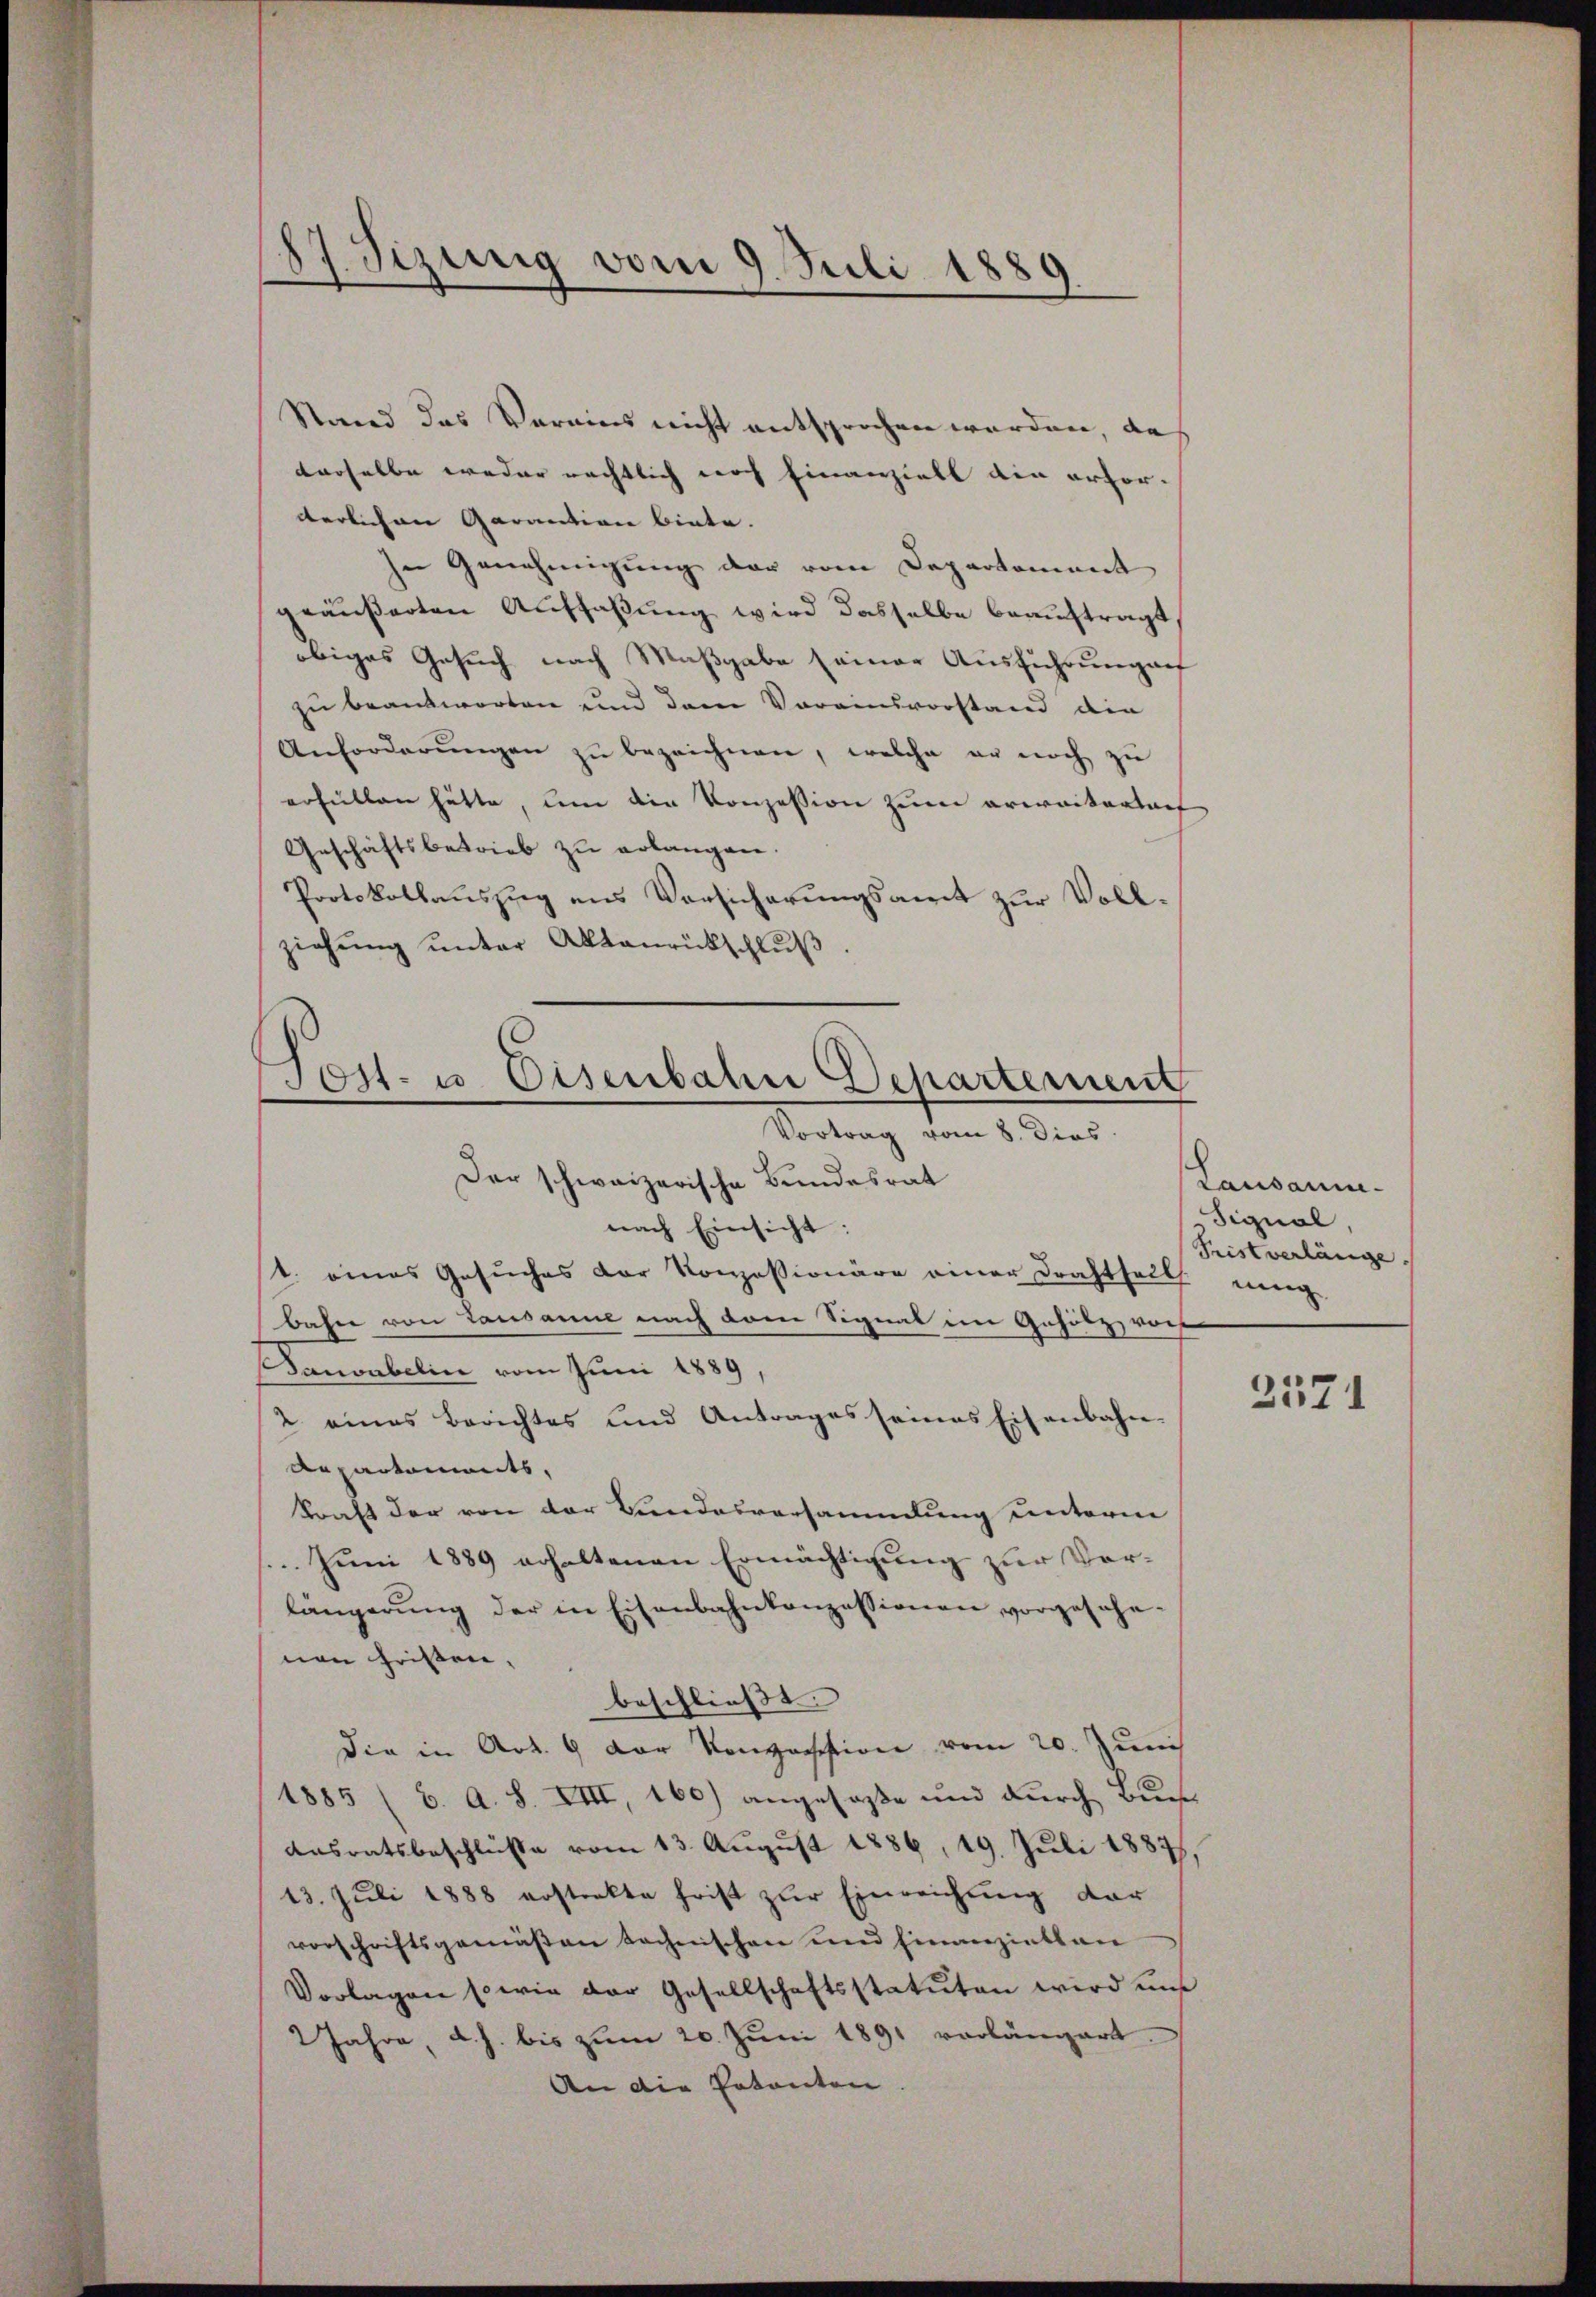
87. Sizung vom 9. Juli 1889

Stand das Vereins nicht entsprochen werden, da
derselbe weder rächtlich noch Finanziell die erfor-
derlichen Garantion biete. |
In Genehmigung der vom Departement
geäußerten Auffaßung wird dasselbe beauftragt
obiges Gesuch nach Maßgabe seiner Ausführung auf
zu beantworten und dem Voreinsvorstand die
Anforderŭngen zŭ bezeichnen, welche er noch zŭ
erfüllen hätte, um die Konzession zum erweitertort
Geschäftsbetrieb zu erlangen.
Protokollauszug aus Versicherungsamt zur Vollziehung unter Altanrückschluß

Post- u. Disenbahn Departement
Vortrag vom 8. dies
Der schweizerische Bundesrat
nach Einsicht:

1. eines Gesuches der Konzessionäre einer Drahtseits einig
bahn von Lausanne nach dem Signal im Gehötz, von
Danvabelin vom Juni 1889
2 eines Berichtes und Antrages seines Eisenbahn-
Repartements,
Kraft der von der Bundesversammlung unterm
Juni 1889 erhaltenen Ermächtigung zur Vorlängerŭng der in Eisenbahnkonzessionen vorgesehe-
nen Fristen,
beschließt:
die in Art. 9 der Konzession vom 20. Juni
1885 (6. A. S. VIII, 160) angefaße und durch Buchs
Aasratsbeschlüße vom 13. August 1886, 19. Juli 1887,
13. Juli 1888 erstrekte frist zŭr Einreichung dar
vorschriftsgemäßen technischen und Finanziellan
Vorlagen so wie der Gesellschaftsstatuten wird uns
2 Jahre, d. J. bis zum 20. Juni 1891 vorlängert
An die Patenten

Lausanne¬
Signal,
Frist verlänge

2571